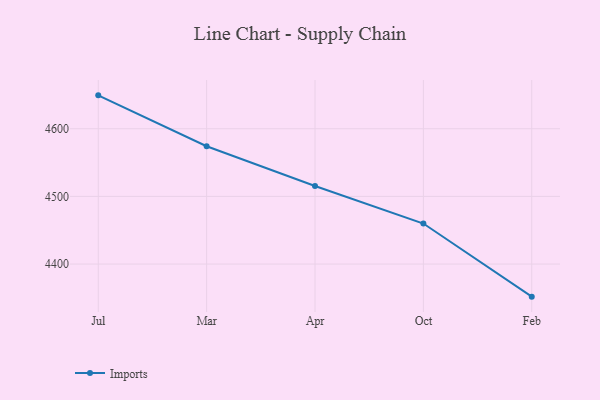
{"axis": {"x": "Month", "y": "Page Views"}, "legend": ["Imports"], "data": [{"x": "Jul", "y": 4649.4, "type": "Imports"}, {"x": "Mar", "y": 4574.2, "type": "Imports"}, {"x": "Apr", "y": 4515.4, "type": "Imports"}, {"x": "Oct", "y": 4459.9, "type": "Imports"}, {"x": "Feb", "y": 4351.8, "type": "Imports"}]}